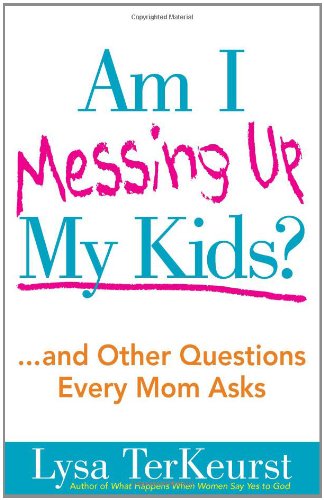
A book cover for Am I Messing Up My Kids?: ...and Other Questions Every Mom Asks; Lysa TerKeurst; Parenting & Relationships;